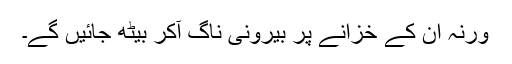
ورنہ ان کے خزانے پر بیرونی ناگ آکر بیٹھ جائیں گے۔